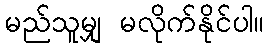
မည်သူမျှ မလိုက်နိုင်ပါ။